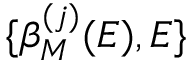
\{ \beta _ { M } ^ { ( j ) } ( E ) , E \}